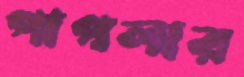
পাগলার